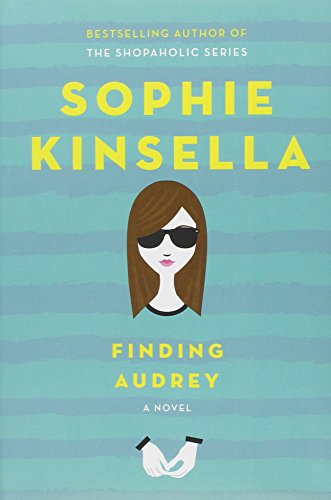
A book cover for Finding Audrey; Sophie Kinsella; Teen & Young Adult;